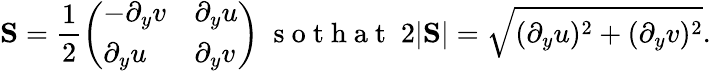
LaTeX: \mathrm{\mathbf S}=\frac{1}{2}\left(\begin{array}{ll}{-\partial_{y}v}&{\partial_{y}u}\\ {\partial_{y}u}&{\partial_{y}v}\end{array}\right)\; \mathrm{~s~o~t~h~a~t~}\; 2|\mathrm{\mathbf S}|=\sqrt{(\partial_{y}u)^{2}+(\partial_{y}v)^{2}}.